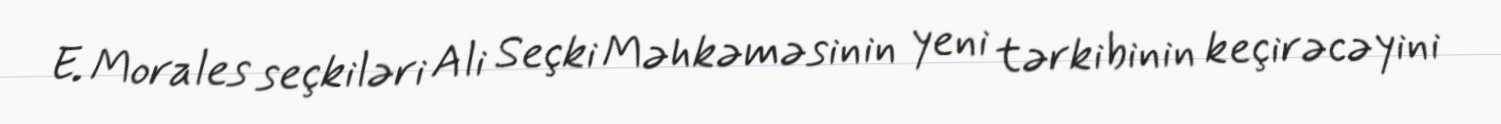
E. Morales seçkiləri Ali Seçki Məhkəməsinin yeni tərkibinin keçirəcəyini